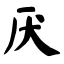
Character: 厌